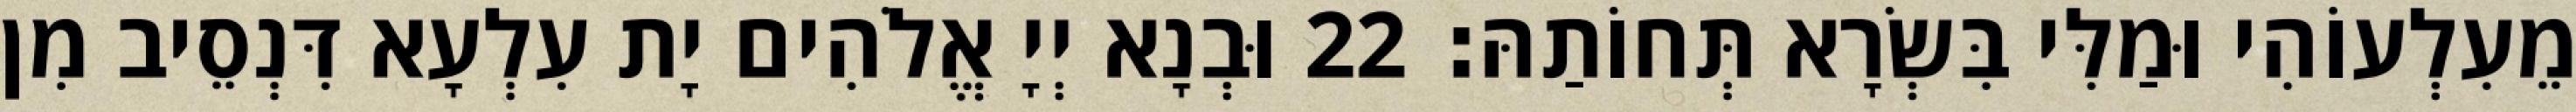
מֵעִלְעוֹהִי וּמַלִּי בִּשְׂרָא תְּחוֹתַהּ׃ 22 וּבְנָא יְיָ אֱלֹהִים יָת עִלְעָא דִּנְסֵיב מִן